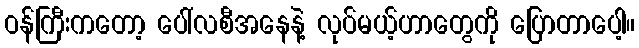
ဝန်ကြီးကတော့ ပေါ်လစီအနေနဲ့ လုပ်မယ့်ဟာတွေကို ပြောတာပေါ့။